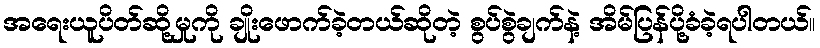
အရေးယူပိတ်ဆို့မှုကို ချိုးဖောက်ခဲ့တယ်ဆိုတဲ့ စွပ်စွဲချက်နဲ့ အိမ်ပြန်ပို့ခံခဲ့ရပါတယ်။